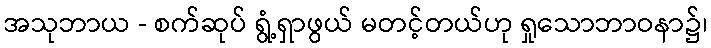
အသုဘာယ - စက်ဆုပ် ရွံ့ရှာဖွယ် မတင့်တယ်ဟု ရှုသောဘာဝနာ၌၊